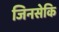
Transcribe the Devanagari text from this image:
जिनसेकि